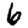
Digit: 6